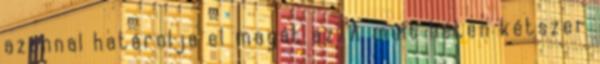
azonnal határolja el magát az. A múlt héten kétszer